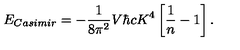
E _ { \small C a s i m i r } = - { \frac { 1 } { 8 \pi ^ { 2 } } } V \hbar c K ^ { 4 } \left[ { \frac { 1 } { n } } - 1 \right] .